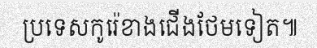
ប្រទេសកូរ៉េខាងជើងថែមទៀត៕